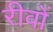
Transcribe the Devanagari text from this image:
रीवों